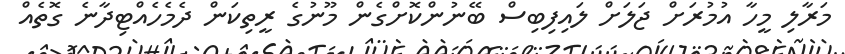
މަރާލި މީހާ އުމުރަށް ޖަލަށް ލައިފިބިސް ބޭނުންކޮށްގެން މޫނުގެ ރީތިކަން ދެމެހެއްޓިދާނެ ގޮތެއް